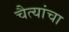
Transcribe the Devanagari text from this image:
चैत्यांचा